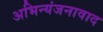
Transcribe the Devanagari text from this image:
अभिन्यंजनावाद